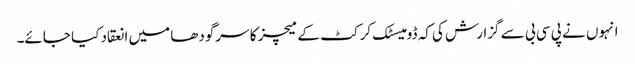
انہوں نے پی سی بی سے گزارش کی کہ ڈومیسٹک کرکٹ کے میچز کا سرگودھا میں انعقاد کیا جائے۔